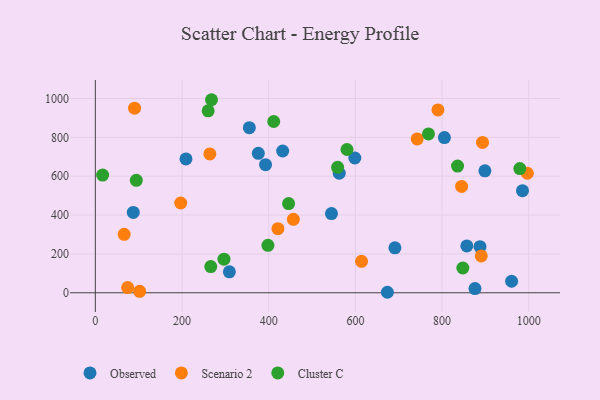
{"axis": {"x": "Distance", "y": "Demand"}, "legend": ["Cluster C", "Observed", "Scenario 2"], "data": [{"x": "857.1", "y": 241.0, "type": "Observed"}, {"x": "898.8", "y": 627.6, "type": "Observed"}, {"x": "544.8", "y": 407.9, "type": "Observed"}, {"x": "87.5", "y": 413.5, "type": "Observed"}, {"x": "598.7", "y": 693.7, "type": "Observed"}, {"x": "432.2", "y": 729.8, "type": "Observed"}, {"x": "887.5", "y": 237.5, "type": "Observed"}, {"x": "309.2", "y": 108.1, "type": "Observed"}, {"x": "960.4", "y": 59.4, "type": "Observed"}, {"x": "355.3", "y": 849.7, "type": "Observed"}, {"x": "691.2", "y": 231.6, "type": "Observed"}, {"x": "209.1", "y": 689.1, "type": "Observed"}, {"x": "376.0", "y": 717.5, "type": "Observed"}, {"x": "392.7", "y": 659.4, "type": "Observed"}, {"x": "985.5", "y": 525.4, "type": "Observed"}, {"x": "875.9", "y": 21.4, "type": "Observed"}, {"x": "562.7", "y": 615.6, "type": "Observed"}, {"x": "673.8", "y": 2.6, "type": "Observed"}, {"x": "805.4", "y": 799.0, "type": "Observed"}, {"x": "264.2", "y": 714.4, "type": "Scenario 2"}, {"x": "197.0", "y": 462.1, "type": "Scenario 2"}, {"x": "790.5", "y": 941.0, "type": "Scenario 2"}, {"x": "996.8", "y": 615.3, "type": "Scenario 2"}, {"x": "614.1", "y": 161.8, "type": "Scenario 2"}, {"x": "90.5", "y": 950.2, "type": "Scenario 2"}, {"x": "845.0", "y": 547.4, "type": "Scenario 2"}, {"x": "66.5", "y": 300.8, "type": "Scenario 2"}, {"x": "742.6", "y": 792.1, "type": "Scenario 2"}, {"x": "102.1", "y": 7.5, "type": "Scenario 2"}, {"x": "421.2", "y": 330.1, "type": "Scenario 2"}, {"x": "456.9", "y": 377.8, "type": "Scenario 2"}, {"x": "74.5", "y": 26.8, "type": "Scenario 2"}, {"x": "893.3", "y": 773.7, "type": "Scenario 2"}, {"x": "890.4", "y": 189.5, "type": "Scenario 2"}, {"x": "94.5", "y": 578.9, "type": "Cluster C"}, {"x": "768.6", "y": 817.5, "type": "Cluster C"}, {"x": "296.8", "y": 172.7, "type": "Cluster C"}, {"x": "979.4", "y": 639.3, "type": "Cluster C"}, {"x": "580.6", "y": 737.3, "type": "Cluster C"}, {"x": "411.6", "y": 881.5, "type": "Cluster C"}, {"x": "260.3", "y": 936.3, "type": "Cluster C"}, {"x": "835.7", "y": 652.0, "type": "Cluster C"}, {"x": "559.0", "y": 645.6, "type": "Cluster C"}, {"x": "847.9", "y": 127.6, "type": "Cluster C"}, {"x": "398.2", "y": 244.0, "type": "Cluster C"}, {"x": "268.0", "y": 993.6, "type": "Cluster C"}, {"x": "445.9", "y": 458.9, "type": "Cluster C"}, {"x": "266.3", "y": 134.7, "type": "Cluster C"}, {"x": "16.8", "y": 605.8, "type": "Cluster C"}]}